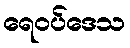
ရေဝပ်ဒေသ